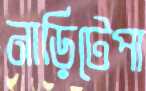
নাড়িটেপা